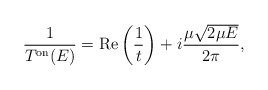
\begin{align*}\frac{1}{T^{\rm on}(E)}=\mbox{Re} \left(\frac{1}{t}\right) + i \frac{\mu \sqrt{2 \mu E}}{2 \pi},\end{align*}